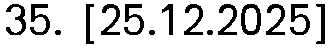
35. [25.12.2025]